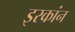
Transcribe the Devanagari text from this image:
इरकांन